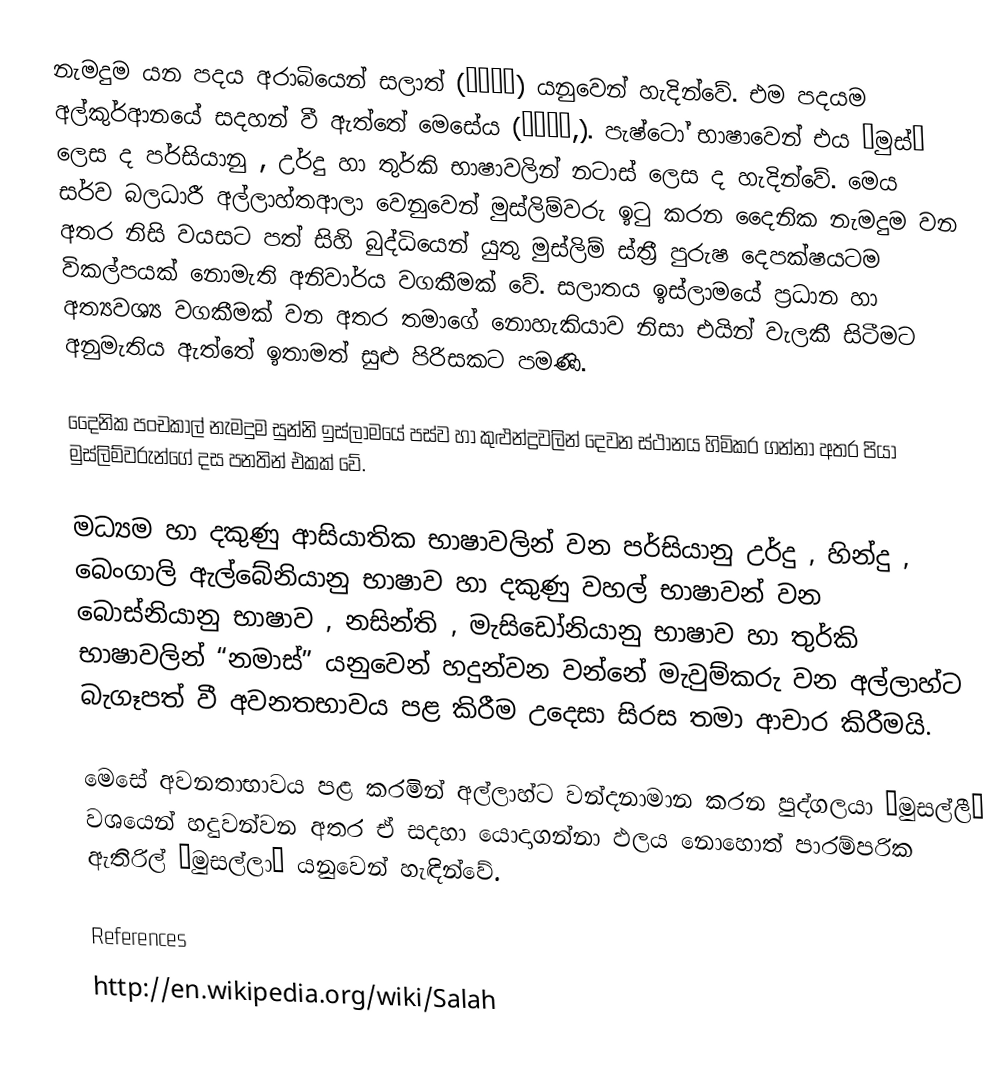
නැමදුම යන පදය අරාබියෙන් සලාත් (صلاة) යනුවෙන් හැදින්වේ. එම පදයම අල්කුර්ආනයේ සදහන් වී ඇත්තේ මෙසේය (صلوة,). පැෂ්ටෝ භාෂාවෙන් එය “මුස්” ලෙස ද පර්සියානු , උර්දු හා තුර්කි භාෂාවලින් නටාස් ලෙස ද හැදින්වේ. මෙය සර්ව බලධාරී අල්ලාහ්තආලා වෙනුවෙන් මුස්ලිම්වරු ඉටු කරන දෛනික නැමදුම වන අතර නිසි වයසට පත් සිහි බුද්ධියෙන් යුතු මුස්ලිම් ස්ත්‍රී පුරුෂ දෙපක්ෂයටම විකල්පයක් නොමැති අනිවාර්ය වගකීමක් වේ. සලාතය ඉස්ලාමයේ ප්‍රධාන හා අත්‍යවශ්‍ය වගකීමක් වන අතර තමාගේ නොහැකියාව නිසා එයින් වැලකී සිටීමට අනුමැතිය ඇත්තේ ඉතාමත් සුළු පිරිසකට පමණි.

දෛනික පංචකාල් නැමදුම සුන්නි ඉස්ලාමයේ පස්ව හා කුළුන්ද්‍රවලින් දෙවන ස්ථානය හිමිකර ගන්නා අතර පියා මුස්ලිම්වරුන්ගේ දස පනතින් එකක් වේ.

මධ්‍යම හා දකුණු ආසියාතික භාෂාවලින් වන පර්සියානු උර්දු , හින්දු , බෙංගාලි ඇල්බේනියානු භාෂාව හා දකුණු වහල් භාෂාවන් වන බොස්නියානු භාෂාව , නසින්ති , මැසිඩෝනියානු භාෂාව හා තුර්කි භාෂාවලින් “නමාස්” යනුවෙන් හදුන්වන වන්නේ මැවුම්කරු වන අල්ලාහ්ට බැගෑපත් වී අවනතභාවය පළ කිරීම උදෙසා සිරස තමා ආචාර කිරීමයි.

මෙසේ අවනතාභාවය පළ කරමින් අල්ලාහ්ට වන්දනාමාන කරන පුද්ගලයා “මුසල්ලී” වශයෙන් හදුවන්වන අතර ඒ සදහා යොදාගන්නා ඵලය නොහොත් පාරම්පරික ඇතිරිල් “මුසල්ලා” යනුවෙන් හැඳින්වේ.

References
http://en.wikipedia.org/wiki/Salah